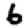
Digit: 6